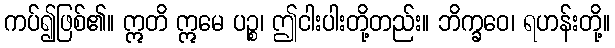
ကပ်၍ဖြစ်၏။ ဣတိ ဣမေ ပဉ္စ၊ ဤငါးပါးတို့တည်း။ ဘိက္ခဝေ၊ ရဟန်းတို့။